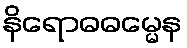
နိရောဓဓမ္မေန